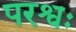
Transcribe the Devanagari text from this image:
परश्वः